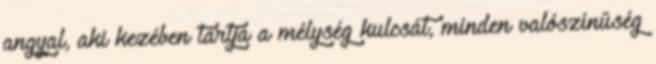
angyal, aki kezében tartja a mélység kulcsát, minden valószínűség